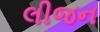
લીજન